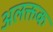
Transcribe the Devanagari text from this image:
अलक्तक